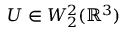
U \in W _ { 2 } ^ { 2 } ( { \mathbb R } ^ { 3 } )